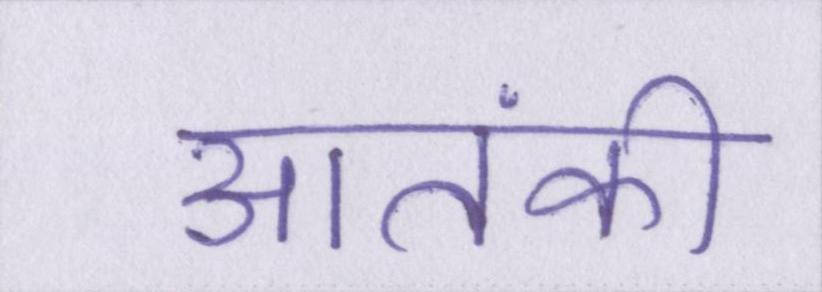
आतंकी